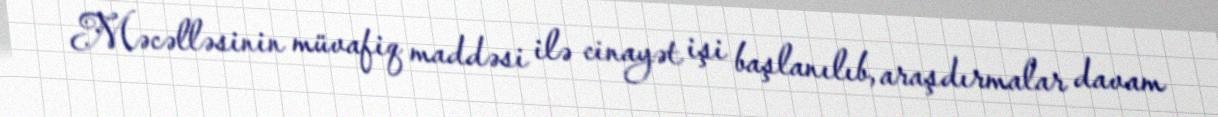
Məcəlləsinin müvafiq maddəsi ilə cinayət işi başlanılıb, araşdırmalar davam